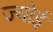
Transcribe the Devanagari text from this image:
ज्योई